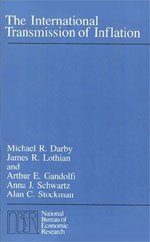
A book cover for The International Transmission of Inflation (National Bureau of Economic Research Monograph); Michael R. Darby; Business & Money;